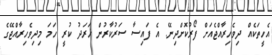
އެހީތަކެއް ދިވެހިރާއްޖެއަށް ފޯރުކޮށްދިނޭ. އެ ފައިސާ ސަރުކާރުން ޚަރަދު ކުރީ ހަމަ މިދިވެހިރާއްޖޭގެ